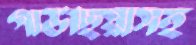
গাউছিয়াসহ